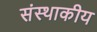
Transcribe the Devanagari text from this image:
संस्थाकीय